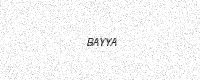
Text: BAYYA